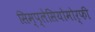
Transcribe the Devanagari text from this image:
सिम्प्लेसियोमोर्फी